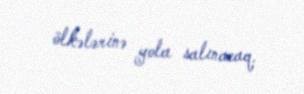
ölkələrinə yola salınacaq.